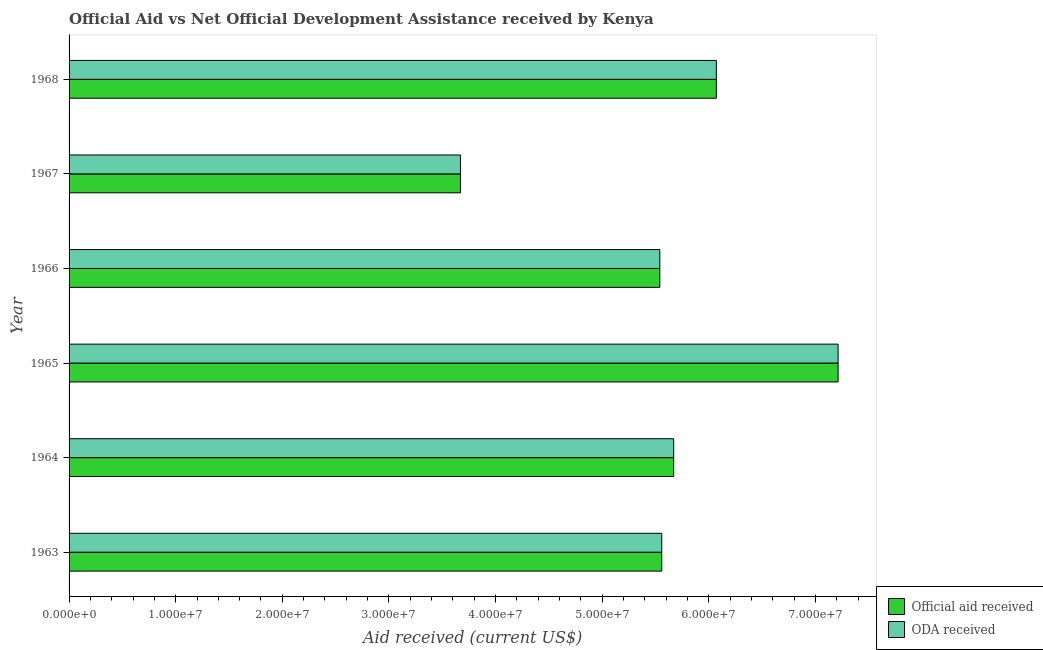
| Year | Official aid received | ODA received |
 | --- | --- | --- |
 | 1963 | 5.56e+07 | 5.56e+07 |
 | 1964 | 5.67e+07 | 5.67e+07 |
 | 1965 | 7.21e+07 | 7.21e+07 |
 | 1966 | 5.54e+07 | 5.54e+07 |
 | 1967 | 3.67e+07 | 3.67e+07 |
 | 1968 | 6.07e+07 | 6.07e+07 |